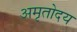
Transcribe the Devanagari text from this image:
अमृतोदय